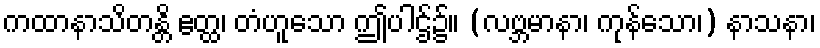
ကထာနာသိတန္တိ ဧတ္ထ၊ တံဟူသော ဤပါဌ်၌။ (လဗ္ဘမာနာ၊ ကုန်သော၊) နာသနာ၊